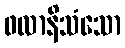
ဖလာနိသံသော